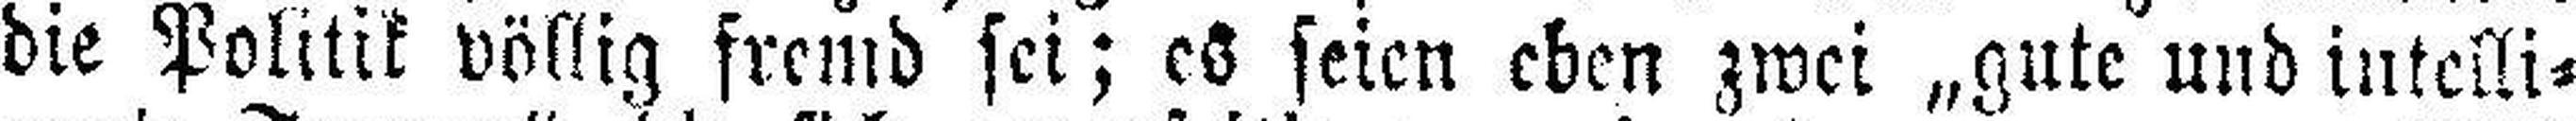
die Politik völlig fremd sei; es seien eben zwei „gute und intelli¬